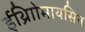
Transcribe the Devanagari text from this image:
ईथ्राोिमायसिन